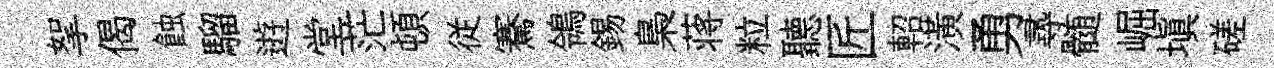
挐偈蝕騮逰堂茫頓従騫鴒錫梟蒋粒聽匠軺潢勇𡬶髄崛塡磋